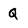
Character: Q